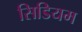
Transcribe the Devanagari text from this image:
सिडियम